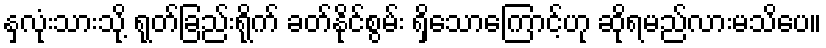
နှလုံးသားသို့ ရုတ်ခြည်းရိုက် ခတ်နိုင်စွမ်း ရှိသောကြောင့်ဟု ဆိုရမည်လားမသိပေ။